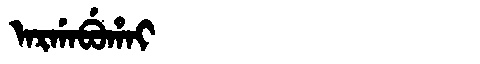
Manchu: ᠠᡵᡤᠠᠪᡠᡥᠠᡳ
Romanization: ARGABUHAI